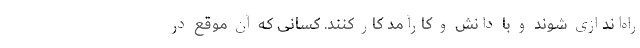
راه‌اندازی شوند و با دانش و کارآمد کار کنند. کسانی که آن موقع در